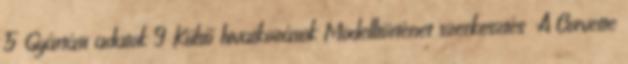
5 Gyártási adatok 9 Külső hivatkozások Modelltörténet szerkesztés A Corvette